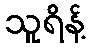
သူရိန့်